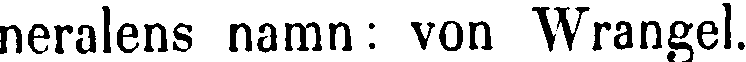
neralens namn: von Wrangel.